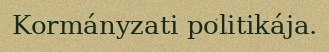
Kormányzati politikája.